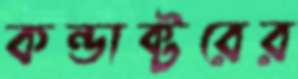
কন্ডাক্টরের